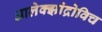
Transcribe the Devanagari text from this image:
आलेक्झांद्रोविच